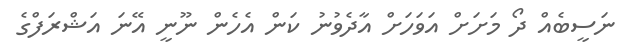
ނަސީބެއް ދޯ މަށަށް އަވަހަށް އާދެވުނު ކަން އެހެން ނޫނީ އޭނަ އަޝްރަފްގެ